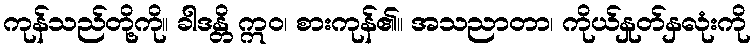
ကုန်သည်တို့ကို။ ခါဒန္တိ ဣဝ၊ စားကုန်၏။ အသညာတာ၊ ကိုယ်နှုတ်နှလုံးကို